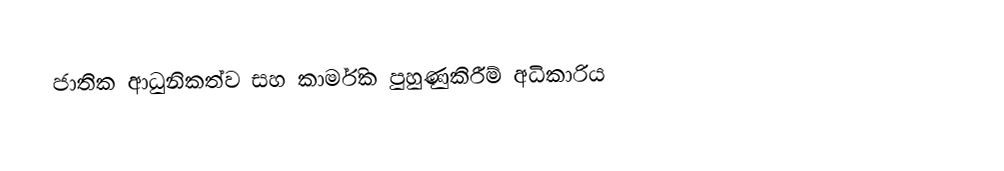
ජාතික ආධුනිකත්ව සහ කාර්මික පුහුණුකිරීම් අධිකාරිය